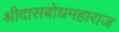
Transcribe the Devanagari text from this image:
श्रीदासबोधमहाराज